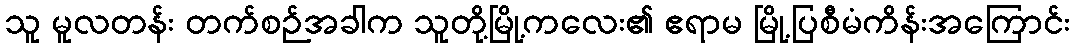
သူ မူလတန်း တက်စဉ်အခါက သူတို့မြို့ကလေး၏ ဧရာမ မြို့ပြစီမံကိန်းအကြောင်း